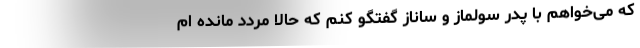
که می‌خواهم با پدر سولماز و ساناز گفتگو کنم که حالا مردد مانده ام